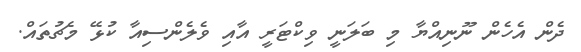
ދެން އެހެން ނޫނިއްޔާ މި ބަލަނީ ވިކްޓަރީ އާއި ވެލެންސިއާ ކުޅޭ މެޗުތައް.